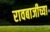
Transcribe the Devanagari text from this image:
रावबाजीच्या